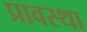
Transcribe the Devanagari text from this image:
प्रावस्‍था